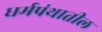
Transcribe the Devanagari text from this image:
धर्मपंथातील